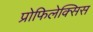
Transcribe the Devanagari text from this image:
प्रोफिलेक्सिस